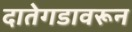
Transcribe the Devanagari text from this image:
दातेगडावरून